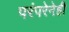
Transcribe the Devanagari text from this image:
परंपरेनेही